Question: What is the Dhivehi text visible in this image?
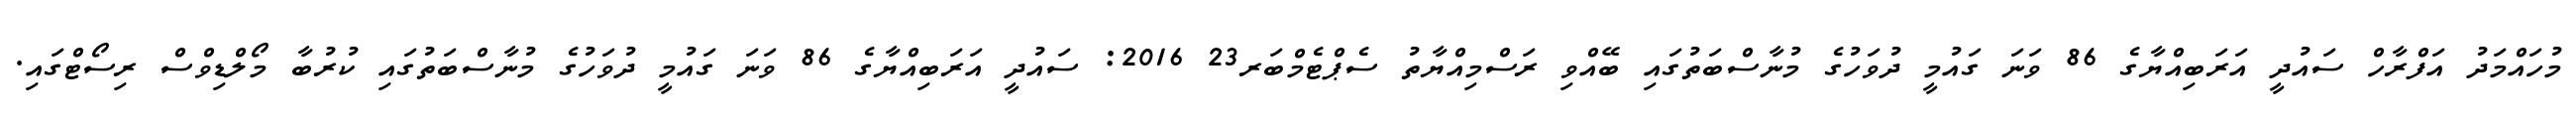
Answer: މުހައްމަދު އަފްރާހް ސައުދީ އަރަބިއްޔާގެ 86 ވަނަ ގައުމީ ދުވަހުގެ މުނާސްބަތުގައި ބޭއްވި ރަސްމިއްޔާތު ސެޕްޓެމްބަރ23 2016: ސައުދީ އަރަބިއްޔާގެ 86 ވަނަ ގައުމީ ދުވަހުގެ މުނާސްބަތުގައި ކުރުބާ މޯލްޑިވްސް ރިސޯޓްގައި.